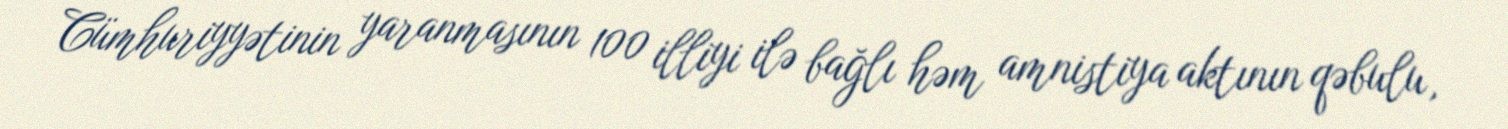
Cümhuriyyətinin yaranmasının 100 illiyi ilə bağlı həm amnistiya aktının qəbulu,